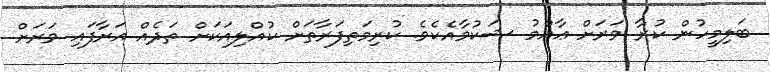
ބަލިމީހުން ކުރާ ވަރަށް ޢާއްމު ޝަކުވާއެކެވެ. ކުރިމަތިފަރާތަށް ކުއްލިއަކަށް ތަދެއް އަރާފައި ވަރަށް